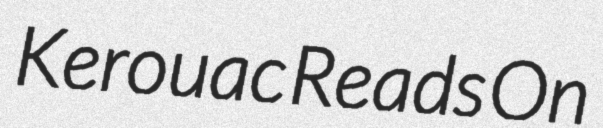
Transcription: Kerouac Reads On